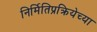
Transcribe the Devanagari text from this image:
निर्मितिप्रक्रियेच्या